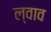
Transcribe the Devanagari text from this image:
ल्वाव